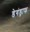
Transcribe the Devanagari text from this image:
डेगंड्राफ